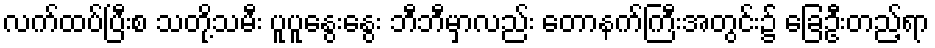
လက်ထပ်ပြီးစ သတို့သမီး ပူပူနွေးနွေး ဘီဘီမှာလည်း တောနက်ကြီးအတွင်း၌ ခြေဦးတည့်ရာ